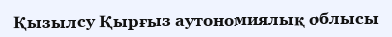
Қызылсу Қырғыз аутономиялық облысы